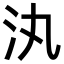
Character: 汍